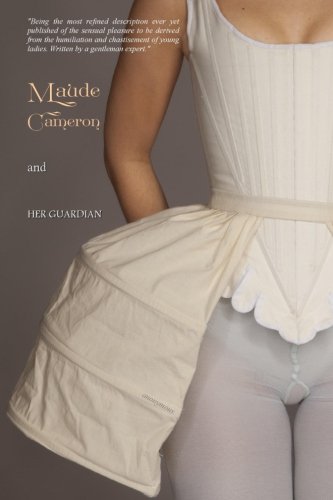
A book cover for Maude Cameron and Her Guardian; Anonymous; Romance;